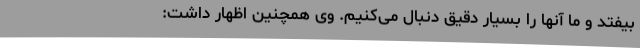
بیفتد و ما آنها را بسیار دقیق دنبال می‌کنیم. وی همچنین اظهار داشت: